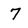
Character: 7